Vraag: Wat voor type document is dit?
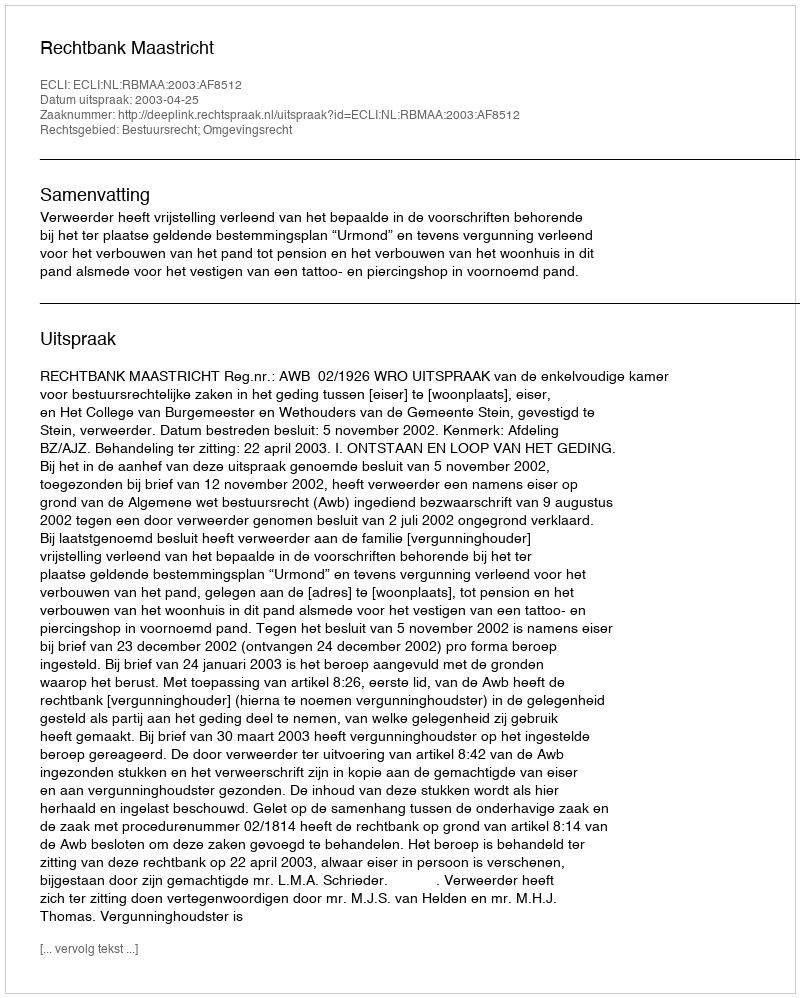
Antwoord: Uitspraak